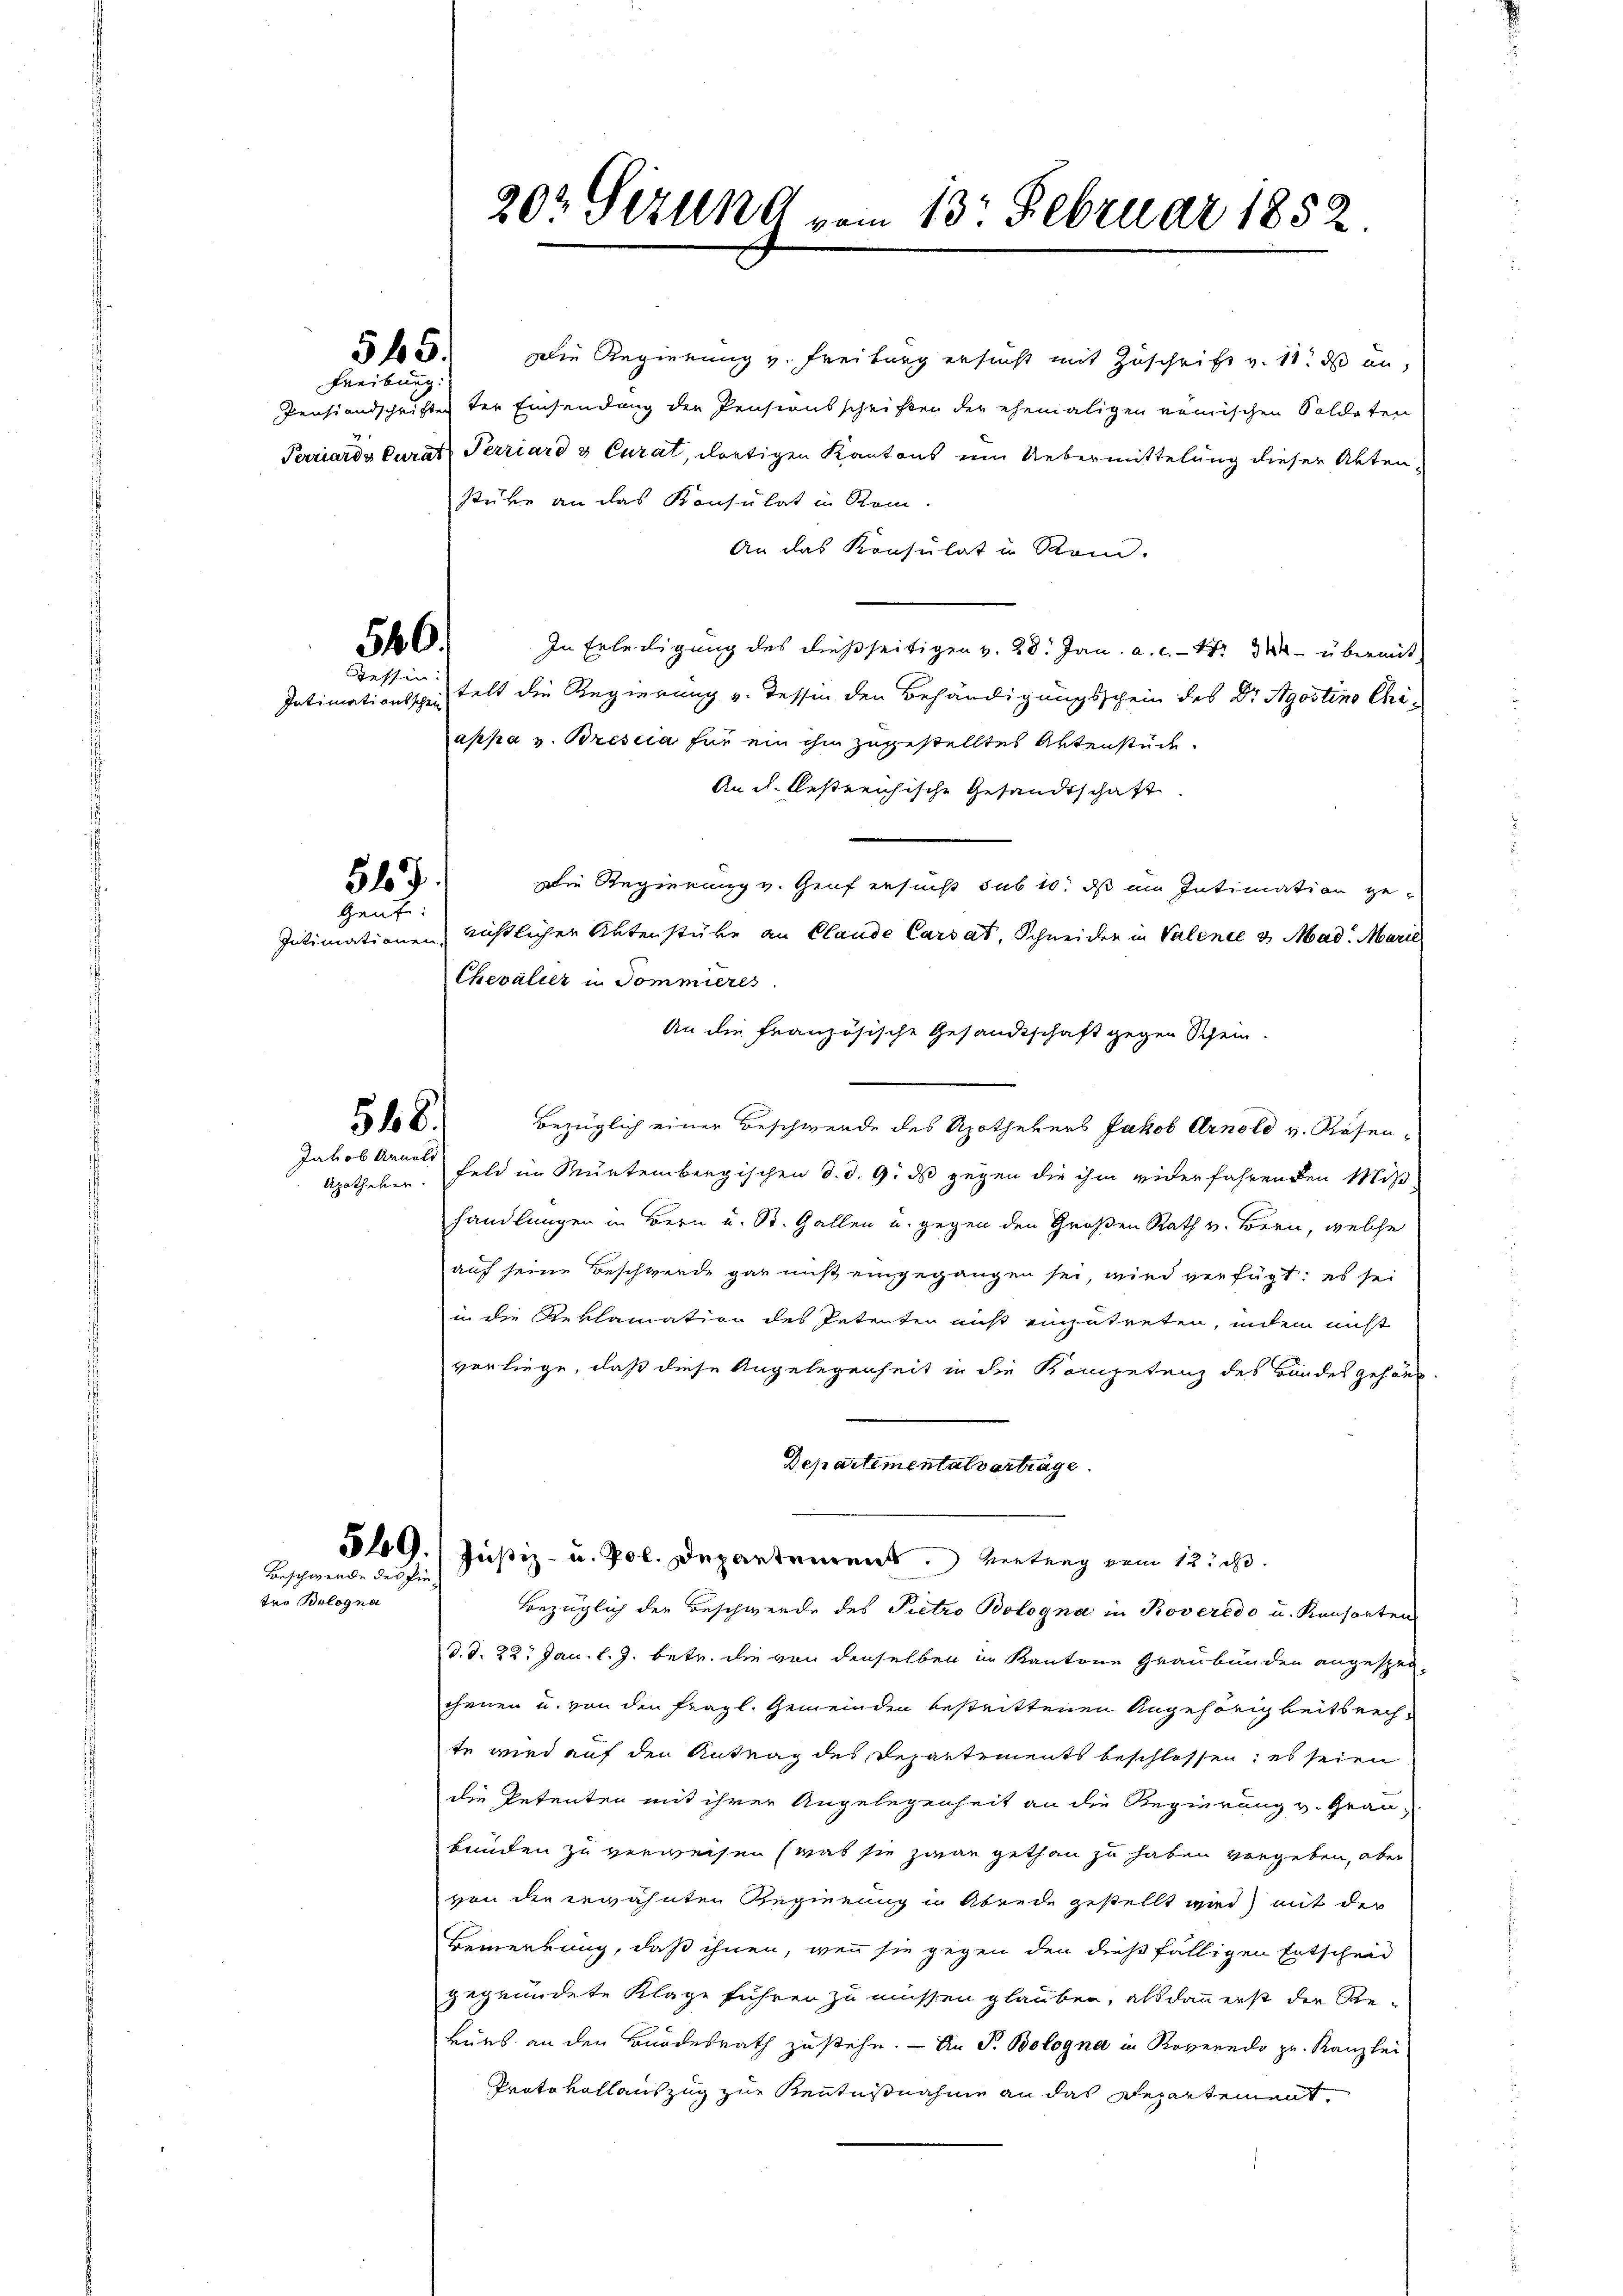
Freiburg

Intimationsschein

Intimationen,

tro Bologna

546.
Gessin

547.
Gauf:

548.
Jakob Arnold
Apotheker.

549.
Beschwerde des Pin-

§ 19. Die Regierung v. Freiburg ersucht mit Zuschrift v. 11. ds an,
Pensiandschriften der Einsendung der Pensionsschriften der ehemaligen römischen Soldaten
Perriards Curat Terriard & Curat, dortigen Kantons um Uebermittelung dieser Aktenstüke an das Konsulat in Rom.
An das Konsulat u. Rom.
In Erledigung des dießseitigen v. 28. Jan. a. c. fr. 340 übermit
telt die Regierung v. Tessin den Behändigungsschein des Dr. Agostins Chiappa v. Brescia für ein ihm zugestelltes Aktenstücke
An c. bestreichische Gesandtschaft
Die Regierung v. Genf ersucht sub 10. ds ein Intimation gerichtlichen Aktenstüke an Claude Carrat, Schneider in Valence v Mad. Marie
Chevalier u Tommieres
An die französische Gesandtschaft gegen Schein.
Bezüglich einer Beschwerde des Apothekers Jakob Arnold v. Rosen-
Feld im Murtembergischen d. d. 9. ds gegen die ihm widerfahrenden Mißhandlungen in Bern u. St. Gallen u. gegen den Großen Rath v. Bern, welche
auf seine Beschwerde gar muß eingegangen sei, wird verfügt: es sei
in die Reklamation des Petenten auf einzutreten, indem nicht
vorliege, daß diese Angelegenheit in die Kompetenz des Bandes gehört.
Departementalvertrage.
Justiz- u. Pol. Departemens Vertrag vom 12. d.
Bezüglich der Beschwerde des Pietro Bologna in Roveredo u. Konsorten
d. d. 22. Jan. l. J. betr. die von denselben in Kantone Graubünden angesperchenen u. von den fragl. Gemeinden bestrittenen Angehörigkeitsrechte wird auf den Antrag des Departements beschlossen; es seien
die Petenten mit ihrer Angelegenheit an die Regierung v. Grau-
bunden zu verweisen (was sie zwar gethan zu haben vergeben, aber
von der erwähnten Regierung in Abende gestellt wird) mit der
Bemerkung, daß ihnen, wenn sie gegen den dießfälligen Entscheid
gegründete Klage führen zu müssen glauben, alsdann erst der Re-
kurs an den Bundesrath zustehe. — An P. Bologna in Roveredo zu. Kanzlei
Protokollauszug zur Kenntnißnahme an das Repartement,

202 Sizung vom 13. Februar 1852